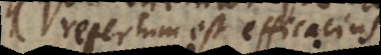
repertum est efficacius?